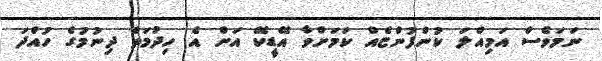
ނަމަވެސް އަމިއްލަ ކުންފުންޏެއް ކަމަށްވާ އޭޑީކޭ އަށް އެ ހިދުމަތް ދިނުމުގެ ހުއްދަ